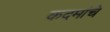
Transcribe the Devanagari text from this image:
कदमांचे